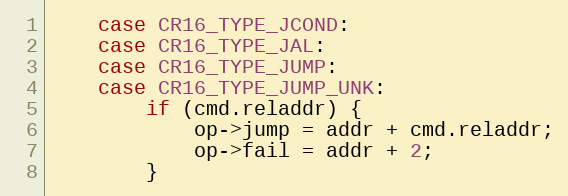
Language: C
	case CR16_TYPE_JCOND:
	case CR16_TYPE_JAL:
	case CR16_TYPE_JUMP:
	case CR16_TYPE_JUMP_UNK:
		if (cmd.reladdr) {
			op->jump = addr + cmd.reladdr;
			op->fail = addr + 2;
		}